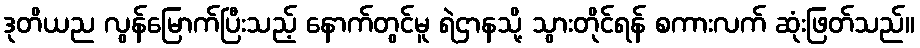
ဒုတိယည လွန်မြောက်ပြီးသည့် နောက်တွင်မူ ရဲဌာနသို့ သွားတိုင်ရန် စကားလက် ဆုံးဖြတ်သည်။